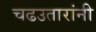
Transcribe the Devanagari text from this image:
चढउतारांनी